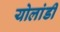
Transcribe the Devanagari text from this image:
योलांडी